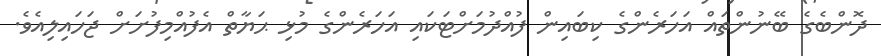
ދޮންބެގެ ބޭނުންތައް އަހަރެންގެ ކިބައިން ފުއްދުމަށްޓަކައި އަހަރެންގެ މުޅި ޙަޔާތް އެފުއްމިފުށަށް ޖަހައިލިއެވެ.